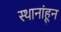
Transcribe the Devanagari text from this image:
स्थानांहून